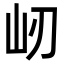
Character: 屻